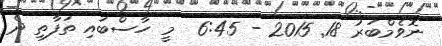
ނޮވެމްބަރު 18